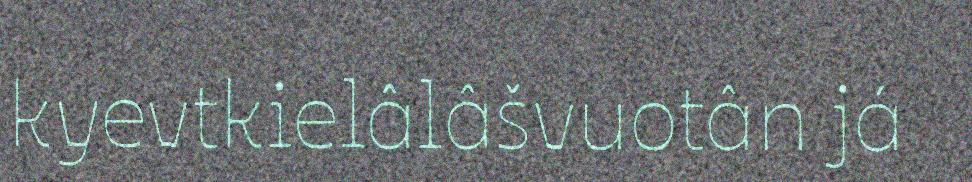
kyevtkielâlâšvuotân já